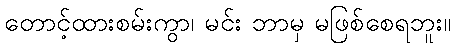
တောင့်ထားစမ်းကွာ၊ မင်း ဘာမှ မဖြစ်စေရဘူး။